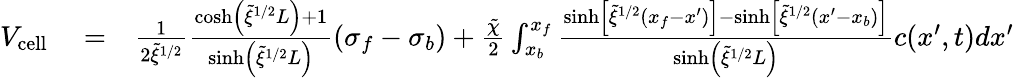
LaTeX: \begin{array}{rlr}{V_{\mathrm{cell}}}&{{}=}&{\frac{1}{2\tilde{\xi}^{1/2}}\frac{\cosh\left(\tilde{\xi}^{1/2}L\right)+1}{\sinh\left(\tilde{\xi}^{1/2}L\right)}(\sigma_{f}-\sigma_{b})+\frac{\tilde{\chi}}{2}\int_{x_{b}}^{x_{f}}\frac{\sinh\left[\tilde{\xi}^{1/2}(x_{f}-x^{\prime})\right]-\sinh\left[\tilde{\xi}^{1/2}(x^{\prime}-x_{b})\right]}{\sinh\left(\tilde{\xi}^{1/2}L\right)}c(x^{\prime},t)dx^{\prime}}\end{array}